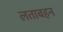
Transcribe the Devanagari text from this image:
लताबहन